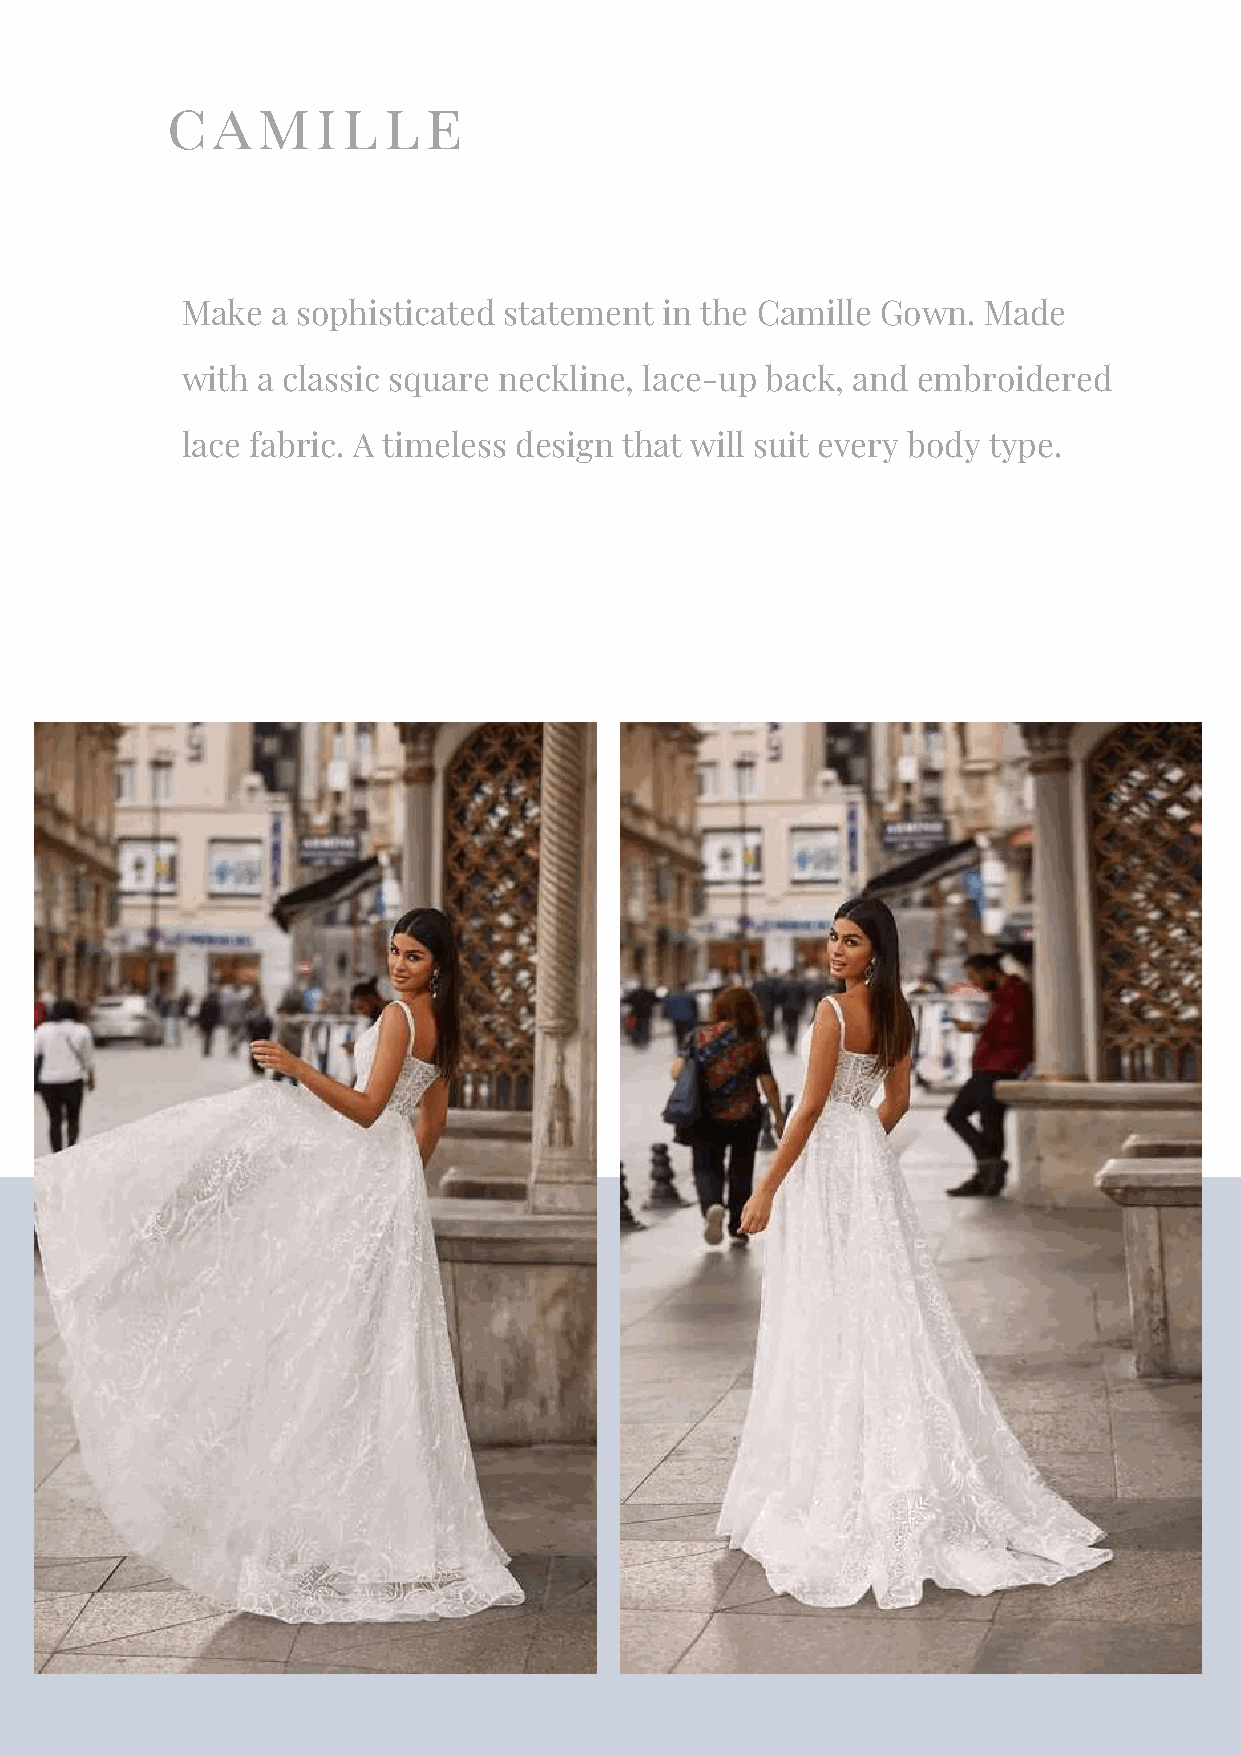
camille
 Make  a sophisticated statement in the Camille Gown. Made
 with a classic square neckline, lace-up back, and embroidered
 lace fabric. A timeless design that will suit every body type.